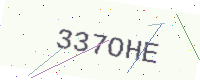
Text: 337OHE